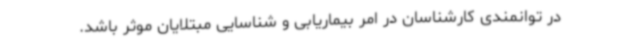
در توانمندی کارشناسان در امر بیماریابی و شناسایی مبتلایان موثر باشد.